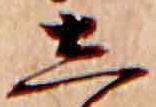
し